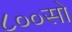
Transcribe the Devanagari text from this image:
८००सो